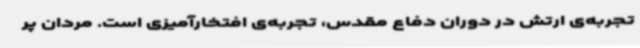
تجربه‌ی ارتش در دوران دفاع مقدس، تجربه‌ی افتخارآمیزی است. مردان پر